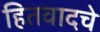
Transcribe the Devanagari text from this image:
हितवादचे